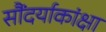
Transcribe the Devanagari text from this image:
सौंदर्याकांक्षा